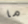
ما